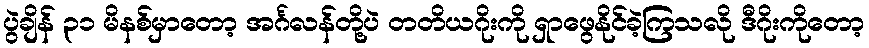
ပွဲချိန် ၃၁ မိနစ်မှာတော့ အင်္ဂလန်တို့ပဲ တတိယဂိုးကို ရှာဖွေနိုင်ခဲ့ကြသလို ဒီဂိုးကိုတော့